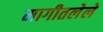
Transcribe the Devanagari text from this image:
मागीतलेले